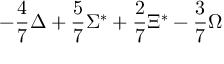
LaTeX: - { \frac { 4 } { 7 } } \Delta + { \frac { 5 } { 7 } } \Sigma ^ { * } + { \frac { 2 } { 7 } } \Xi ^ { * } - { \frac { 3 } { 7 } } \Omega